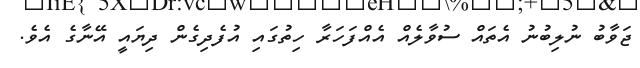
ޖަވާބު ނުލިބުނު އެތައް ސުވާލެއް އެއްފަހަރާ ހިތުގައި އުފެދިގެން ދިޔައީ އޭނާގެ އެވެ.